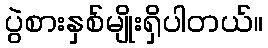
ပွဲစားနှစ်မျိုးရှိပါတယ်။